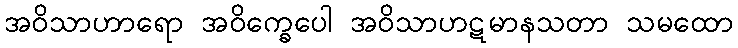
အဝိသာဟာရော အဝိက္ခေပေါ အဝိသာဟဋမာနသတာ သမထော